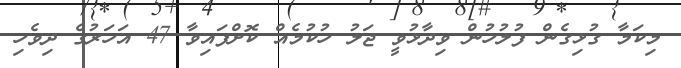
މިކަމާ ގުޅިގެން ފުލުހުން ވިދާޅުވީ ޖަލު ހުކުމެއް ކޮށްފައިވާ 47 އަހަރުގެ ދިވެހި